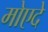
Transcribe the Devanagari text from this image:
मोएदे